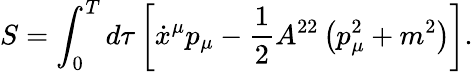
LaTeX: S=\int_{0}^{T}d\tau\left[\dot{x}^{\mu}p_{\mu}-\frac 12A^{22}\left(p_{\mu}^{2}+m^{2}\right)\right].